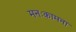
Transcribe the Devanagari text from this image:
मनःकामना